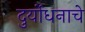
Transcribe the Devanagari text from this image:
दुर्योधनाचे